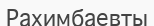
Рахимбаевты